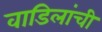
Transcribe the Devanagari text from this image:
वाडिलांची